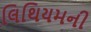
લિથિયમની